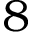
8